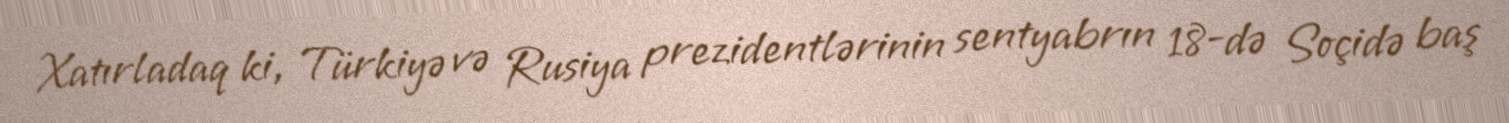
Xatırladaq ki, Türkiyə və Rusiya prezidentlərinin sentyabrın 18-də Soçidə baş